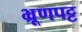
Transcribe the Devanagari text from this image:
भ्रूणपट्ट